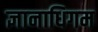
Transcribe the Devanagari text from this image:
ज्ञानाधिगम